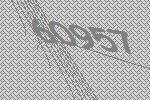
60957